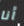
أنا